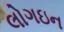
લોગઇન